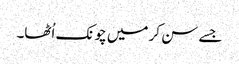
جسے سن کر میں چونک اُٹھا۔